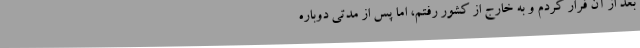
بعد از آن فرار کردم و به خارج از کشور رفتم، اما پس از مدتی دوباره